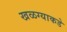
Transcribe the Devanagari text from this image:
खळग्याकडे